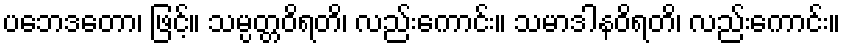
ပဘေဒတော၊ ဖြင့်။ သမ္ပတ္တဝိရတိ၊ လည်းကောင်း။ သမာဒါနဝိရတိ၊ လည်းကောင်း။